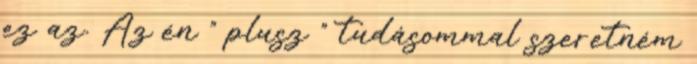
ez az. Az én ” plusz ” tudásommal szeretném